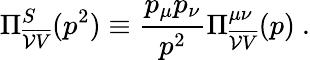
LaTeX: \Pi_{\overline{{{\cal V}}}\overline{{{V}}}}^{S}(p^{2})\equiv\frac{p_{\mu}p_{\nu}}{p^{2}}\Pi_{\overline{{{\cal V}}}\overline{{{V}}}}^{\mu\nu}(p)\ .